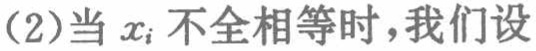
(2)当 \(x_{i}\) 不全相等时，我们设